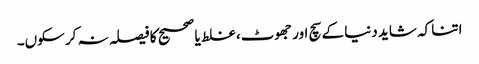
اتنا کہ شاید دنیا کے سچ اور جھوٹ، غلط یا صحیح کا فیصلہ نہ کر سکوں۔